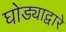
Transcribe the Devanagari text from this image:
घोड्याद्वारे